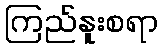
ကြည်နူးစရာ